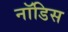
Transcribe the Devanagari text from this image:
नॉडिस